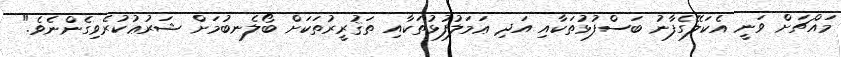
މައްޗަށް ވަނީ އެކަލޭގެފާނު ބަސްފުޅުތަކާއި އަދި ޢަމަލުފުޅުތަކާއި ތަޤުރީރުތަކަށް ބޯލެނބުމަށް ޝަރުޢުކުރެވިގެންނެވެ."